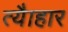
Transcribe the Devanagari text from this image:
त्यैाहार